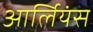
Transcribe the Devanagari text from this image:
आर्लियंस